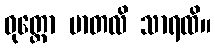
ဝုတ္တော မာတလိ သာရထိ။